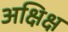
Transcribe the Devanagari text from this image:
अक्षिक्ष